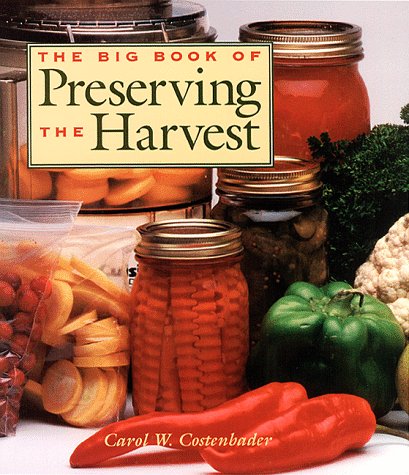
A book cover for The Big Book of Preserving the Harvest; Carol W. Costenbader; Cookbooks, Food & Wine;